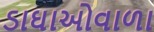
ડાઘાઓવાળા